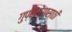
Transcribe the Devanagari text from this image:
गुप्तरोगासाठी